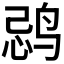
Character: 𱉽